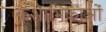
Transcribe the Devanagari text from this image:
कशाभिकाओं